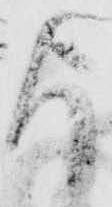
よ